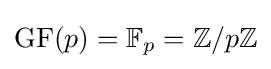
\operatorname {GF} (p)=\mathbb {F} _{p}=\mathbb {Z} /p\mathbb {Z}